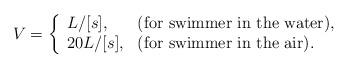
LaTeX: \begin{align*}V = \left\{ \begin{array}{ll}L / [s], &\mbox{(for swimmer in the water),} \\20 L / [s], &\mbox{(for swimmer in the air).}\end{array}\right.\end{align*}